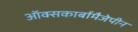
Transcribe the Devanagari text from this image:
ऑक्सकार्बामैजेपीन